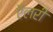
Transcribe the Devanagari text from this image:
ऍलरी